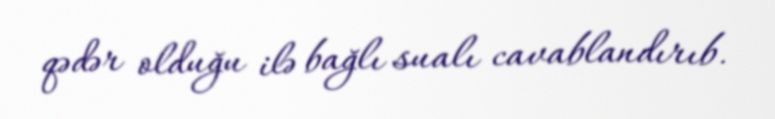
qədər olduğu ilə bağlı sualı cavablandırıb.